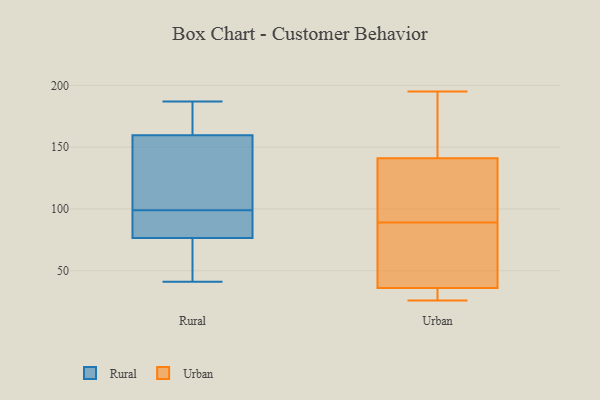
{"axis": {"x": "Market Share (%)", "y": "Value"}, "legend": ["Rural", "Urban"], "data": [{"x": "", "y": 69, "type": "Rural"}, {"x": "", "y": 99, "type": "Rural"}, {"x": "", "y": 58, "type": "Rural"}, {"x": "", "y": 187, "type": "Rural"}, {"x": "", "y": 103, "type": "Rural"}, {"x": "", "y": 75, "type": "Rural"}, {"x": "", "y": 41, "type": "Rural"}, {"x": "", "y": 98, "type": "Rural"}, {"x": "", "y": 147, "type": "Rural"}, {"x": "", "y": 124, "type": "Rural"}, {"x": "", "y": 164, "type": "Rural"}, {"x": "", "y": 102, "type": "Rural"}, {"x": "", "y": 166, "type": "Rural"}, {"x": "", "y": 78, "type": "Rural"}, {"x": "", "y": 176, "type": "Rural"}, {"x": "", "y": 76, "type": "Rural"}, {"x": "", "y": 97, "type": "Rural"}, {"x": "", "y": 183, "type": "Rural"}, {"x": "", "y": 96, "type": "Rural"}, {"x": "", "y": 82, "type": "Urban"}, {"x": "", "y": 141, "type": "Urban"}, {"x": "", "y": 26, "type": "Urban"}, {"x": "", "y": 138, "type": "Urban"}, {"x": "", "y": 195, "type": "Urban"}, {"x": "", "y": 36, "type": "Urban"}, {"x": "", "y": 81, "type": "Urban"}, {"x": "", "y": 36, "type": "Urban"}, {"x": "", "y": 147, "type": "Urban"}, {"x": "", "y": 96, "type": "Urban"}]}